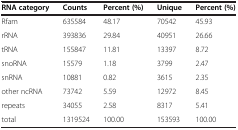
<table><thead><tr><td><b>RNA category</b></td><td><b>Counts</b></td><td><b>Percent (%)</b></td><td><b>Unique</b></td><td><b>Percent (%)</b></td></tr></thead><tbody><tr><td>Rfam</td><td>635584</td><td>48.17</td><td>70542</td><td>45.93</td></tr><tr><td>rRNA</td><td>393836</td><td>29.84</td><td>40951</td><td>26.66</td></tr><tr><td>tRNA</td><td>155847</td><td>11.81</td><td>13397</td><td>8.72</td></tr><tr><td>snoRNA</td><td>15579</td><td>1.18</td><td>3799</td><td>2.47</td></tr><tr><td>snRNA</td><td>10881</td><td>0.82</td><td>3615</td><td>2.35</td></tr><tr><td>other ncRNA</td><td>73742</td><td>5.59</td><td>12972</td><td>8.45</td></tr><tr><td>repeats</td><td>34055</td><td>2.58</td><td>8317</td><td>5.41</td></tr><tr><td>total</td><td>1319524</td><td>100.00</td><td>153593</td><td>100.00</td></tr></tbody></table>